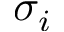
\sigma _ { i }